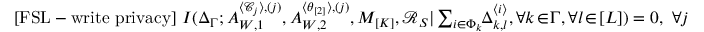
\begin{array} { r } { \! \mathrm { [ F S L - w r i t e ~ p r i v a c y ] } \ I ( \Delta _ { \Gamma } ; A _ { W , 1 } ^ { \langle \mathcal { C } _ { j } \rangle , ( j ) } , A _ { W , 2 } ^ { \langle \theta _ { [ 2 ] } \rangle , ( j ) } , M _ { [ K ] } , \mathcal { R } _ { S } | \sum _ { i \in \Phi _ { k } } \! \! \Delta _ { k , l } ^ { \langle i \rangle } , \forall k \! \in \! \Gamma , \forall l \! \in \! [ L ] ) = 0 , \ \forall j } \end{array}